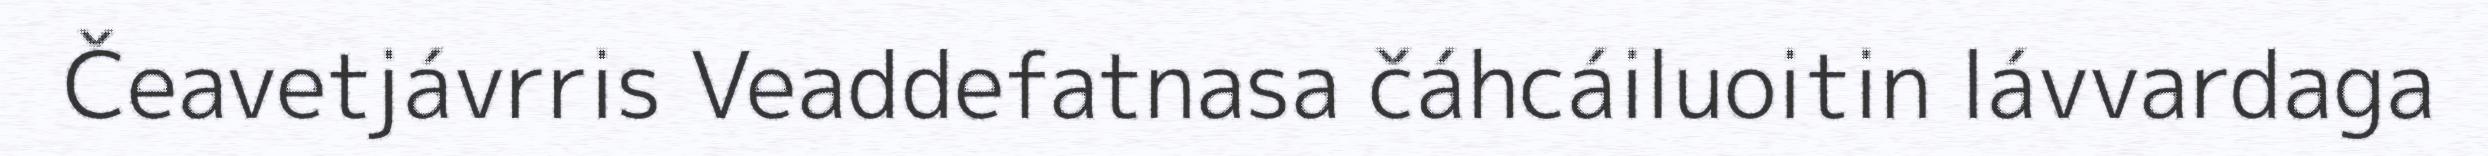
Čeavetjávrris Veaddefatnasa čáhcáiluoitin lávvardaga